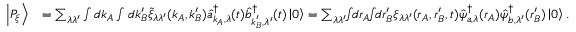
\begin{array} { r l } { \left| P _ { \xi } \right\rangle } & { = \sum _ { \lambda \lambda ^ { \prime } } \int d \boldsymbol { k } _ { A } \int d \boldsymbol { k } _ { B } ^ { \prime } \tilde { \xi } _ { \lambda \lambda ^ { \prime } } ( \boldsymbol { k } _ { A } , \boldsymbol { k } _ { B } ^ { \prime } ) \hat { a } _ { \boldsymbol { k } _ { A } , \lambda } ^ { \dagger } ( t ) \hat { b } _ { \boldsymbol { k } _ { B } ^ { \prime } , \lambda ^ { \prime } } ^ { \dagger } ( t ) \left| 0 \right\rangle = \sum _ { \lambda \lambda ^ { \prime } } \! \! \int \! \! d \boldsymbol { r } _ { A } \! \! \int \! \! d \boldsymbol { r } _ { B } ^ { \prime } \xi _ { \lambda \lambda ^ { \prime } } ( \boldsymbol { r } _ { A } , \boldsymbol { r } _ { B } ^ { \prime } , t ) \hat { \psi } _ { a , \lambda } ^ { \dagger } ( \boldsymbol { r } _ { A } ) \hat { \psi } _ { b , \lambda ^ { \prime } } ^ { \dagger } ( \boldsymbol { r } _ { B } ^ { \prime } ) \left| 0 \right\rangle . } \end{array}